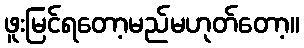
ဖူးမြင်ရတော့မည်မဟုတ်တော့။